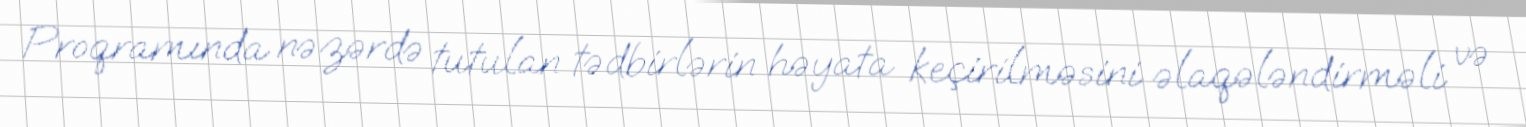
Proqramında nəzərdə tutulan tədbirlərin həyata keçirilməsini əlaqələndirməli və